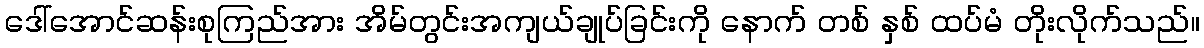
ဒေါ်အောင်ဆန်းစုကြည်အား အိမ်တွင်းအကျယ်ချုပ်ခြင်းကို နောက် တစ် နှစ် ထပ်မံ တိုးလိုက်သည်။